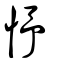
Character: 忬